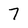
Character: 7